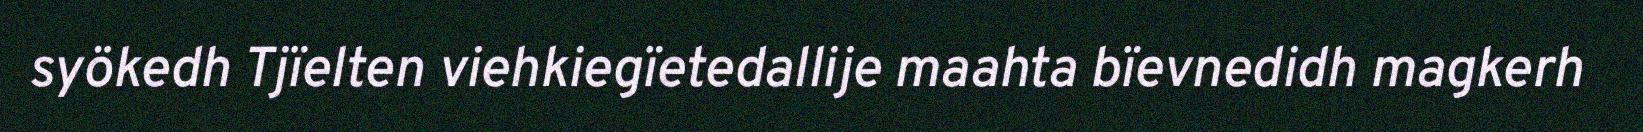
syökedh Tjïelten viehkiegïetedallije maahta bïevnedidh magkerh